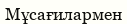
Мұсағилармен